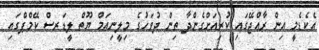
އެކެޑެމީ އިން ރާއްޖޭގައި ކުރިއަށްގެންދާ ތިން ދުވަހުގެ މިލީނިއަމް ޔޫތް ލީޑަރސް ކޭމްޕްގައި